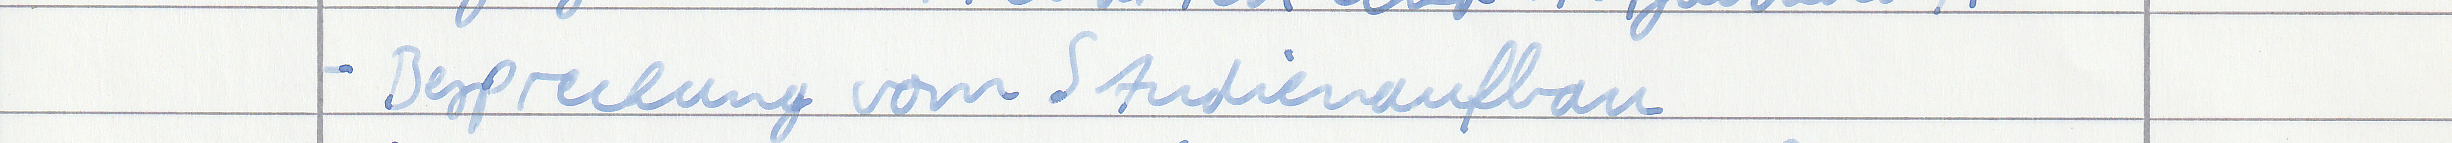
- Besprechung vom Studienaufbau